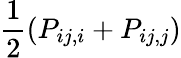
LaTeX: \frac{1}{2}(P_{ij,i}+P_{ij,j})